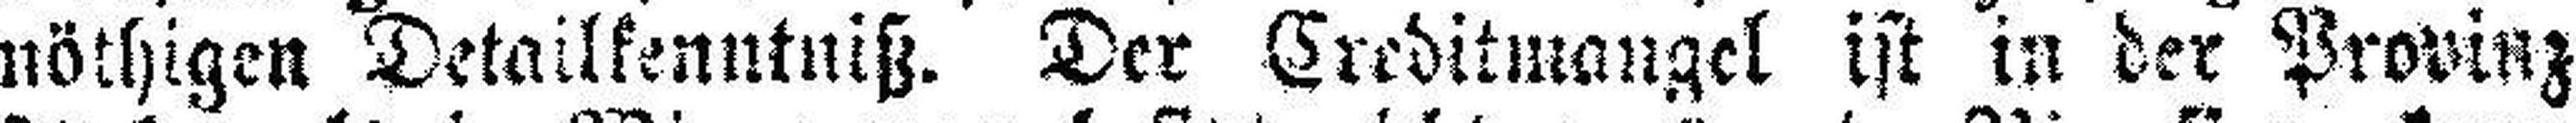
nöthigen Detailkenntniß. Der Creditmangel ist in der Provinz